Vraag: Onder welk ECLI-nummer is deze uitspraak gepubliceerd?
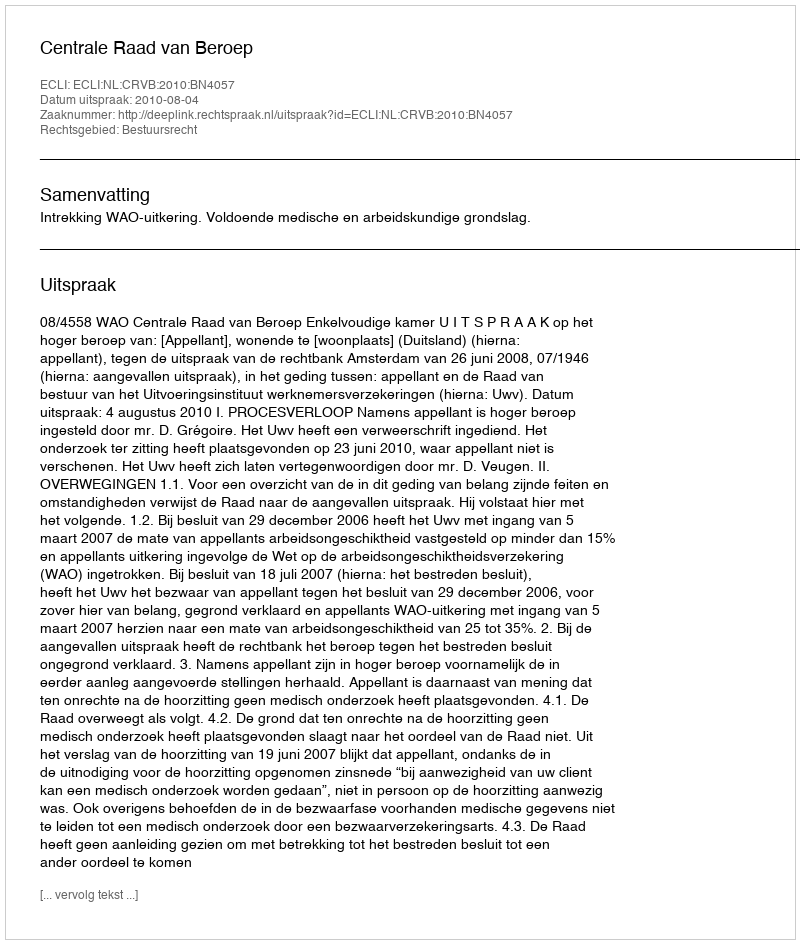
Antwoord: ECLI:NL:CRVB:2010:BN4057